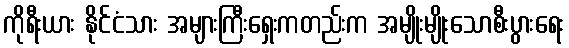
ကိုရီးယား နိုင်ငံသား အများကြီးရှေးကတည်းက အမျိုးမျိုးသောစီးပွားရေး